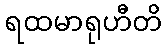
ရထမာရုဟီတိ